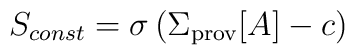
S_{const}=\sigma\left(\Sigma_{\rm prov}[A]-c\right)